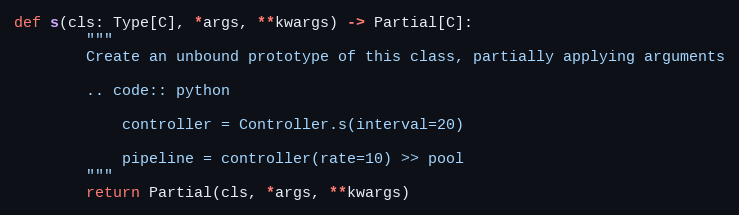
Language: Python
def s(cls: Type[C], *args, **kwargs) -> Partial[C]:
        """
        Create an unbound prototype of this class, partially applying arguments

        .. code:: python

            controller = Controller.s(interval=20)

            pipeline = controller(rate=10) >> pool
        """
        return Partial(cls, *args, **kwargs)